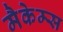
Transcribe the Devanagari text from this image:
मैकेम्स